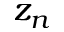
z _ { n }